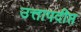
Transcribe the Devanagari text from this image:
उत्तापदीप्त